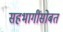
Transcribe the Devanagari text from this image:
सहभागींसोबत